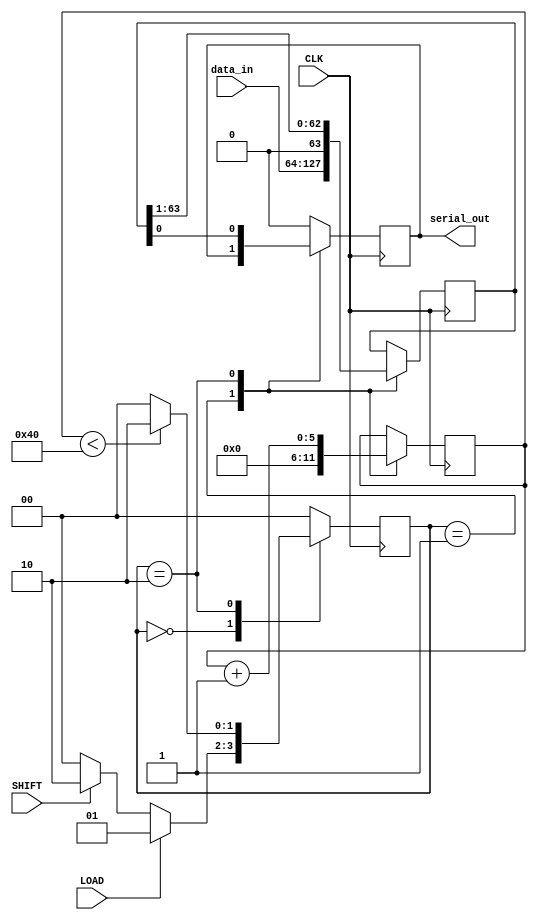
module PISO_Register (
    input wire [63:0] data_in,   // 64-bit parallel input data
    input wire LOAD,              // Load signal
    input wire SHIFT,             // Shift signal
    input wire CLK,               // Clock signal
    output reg serial_out         // Serial output
);

    reg [63:0] shift_reg;         // 64-bit shift register
    reg [5:0] bit_count;          // Counter for the number of bits shifted out

    // State management
    localparam IDLE = 2'b00;
    localparam LOAD_STATE = 2'b01;
    localparam SHIFT_STATE = 2'b10;
    reg [1:0] state, next_state;

    // Sequential logic for state transitions and output
    always @(posedge CLK) begin
        state <= next_state;
    end

    // Combinational logic for next state and output
    always @(*) begin
        case (state)
            IDLE: begin
                if (LOAD) begin
                    next_state = LOAD_STATE;
                end else if (SHIFT) begin
                    next_state = SHIFT_STATE;
                end else begin
                    next_state = IDLE;
                end
            end

            LOAD_STATE: begin
                next_state = IDLE; // Go back to IDLE after loading
            end

            SHIFT_STATE: begin
                if (bit_count < 64) begin
                    next_state = SHIFT_STATE; // Continue shifting
                end else begin
                    next_state = IDLE; // Go back to IDLE after shifting all bits
                end
            end

            default: next_state = IDLE;
        endcase
    end

    // Load data into the shift register and manage shifting
    always @(posedge CLK) begin
        case (state)
            LOAD_STATE: begin
                shift_reg <= data_in; // Load data into the shift register
                bit_count <= 0;        // Reset bit count
            end

            SHIFT_STATE: begin
                serial_out <= shift_reg[0]; // Output the LSB
                shift_reg <= shift_reg >> 1; // Shift right
                bit_count <= bit_count + 1;   // Increment bit count
            end

            default: begin
                serial_out <= 1'b0; // Default output state
            end
        endcase
    end

endmodule